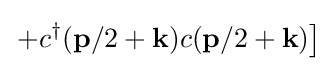
\left.+c^{\dagger }(\mathbf {p} /2+\mathbf {k} )c(\mathbf {p} /2+\mathbf {k} )\right]